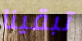
تبقينا